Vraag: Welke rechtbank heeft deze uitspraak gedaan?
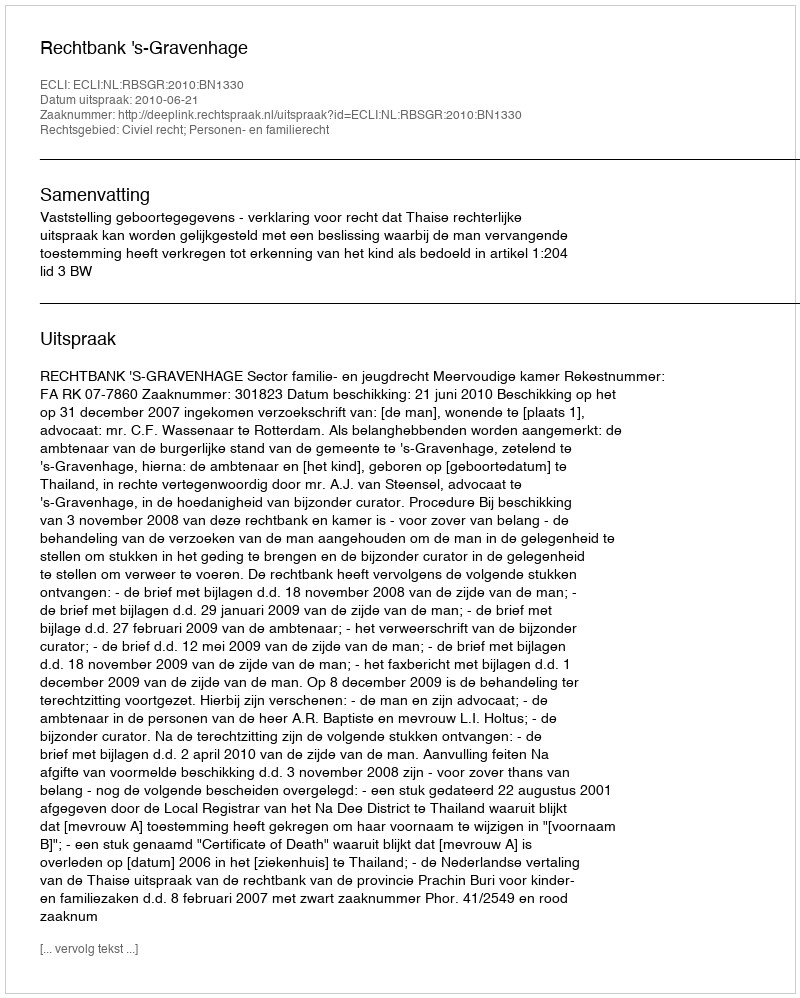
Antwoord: Rechtbank 's-Gravenhage